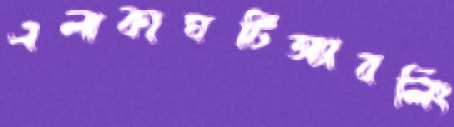
এলাকাঘটিঅ্যাবলিং